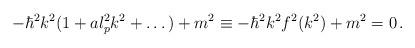
LaTeX: \begin{align*}-\hbar^2 k^2 (1 + a l_{p}^{2} k^2 + \dots) + m^2 \equiv -\hbar^2 k^2 f^2(k^2) +m^2 =0 \, .\end{align*}